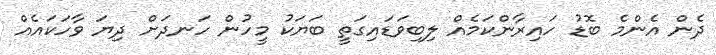
ދެން އެންމެ ބޮޑު ހައިރާންކަމެއް ލިބިވަޑައިގަތީ ބަޔަކު މީހުން ހަނދަށް ދިޔަ ވާހަކައެއް